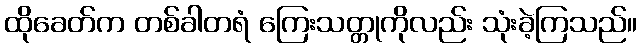
ထိုခေတ်က တစ်ခါတရံ ကြေးသတ္တုကိုလည်း သုံးခဲ့ကြသည်။